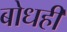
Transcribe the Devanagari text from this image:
बोधही